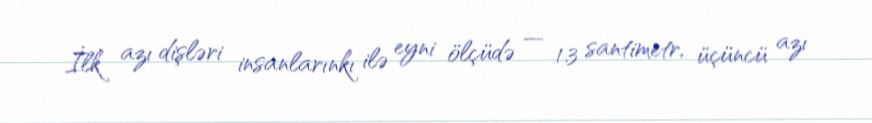
İlk azı dişləri insanlarınkı ilə eyni ölçüdə — 1.3 santimetr, üçüncü azı